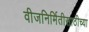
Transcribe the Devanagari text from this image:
वीजनिर्मितीसाठीच्या